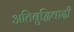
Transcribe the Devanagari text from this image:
अतिबुद्धिवादी